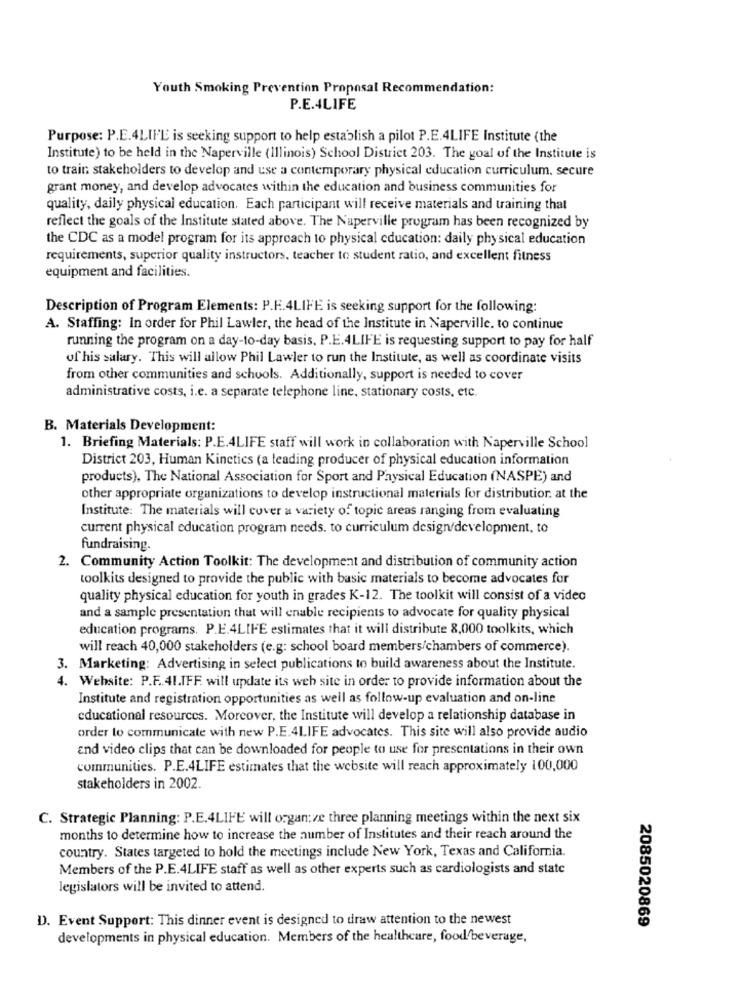
Youth Smoking Prevention Proposal Recommendation:
P.E.4LIFE
Purpose: P.E.4LIFE is seeking support to help establish a pilot P.E.4LIFE Institute (the
Institute) to be held in the Naperville (Illinois) School District 203. The goal of the Institute is
to train stakeholders to develop and use a contemporary physical education curriculum. secure
grant money, and develop advocates within the education and business communities for
quality, daily physical education. Each participant will receive materials and training that
reflect the goals of the Institute stated above. The Naperville program has been recognized by
the CDC as a model program for its approach to physical education: daily physical education
requirements, superior quality instructors, teacher to student ratio, and excellent fitness
equipment and facilities.
Description of Program Elements: P.F.4LIFE is seeking support for the following:
A. Staffing: In order for Phil Lawler, the head of the Institute in Naperville. to continue
running the program on a day-to-day basis, P.E.4LIFE is requesting support to pay for half
of his salary. This will allow Phil Lawler to run the Institute, as well as coordinate visits
from other communities and schools. Additionally, support is needed to cover
administrative costs, i.e. a separate telephone line, stationary costs, etc.
B. Materials Development:
1. Briefing Materials: P.E.4LIFE staff will work in collaboration with Naperville School
District 203, Human Kinetics (a leading producer of physical education information
products), The National Association for Sport and Paysical Education (NASPE) and
other appropriate organizations to develop instructional materials for distribution. at the
Institute: The materials will cover a variety of topic areas ranging from evaluating
current physical education program needs. to curriculum design/development, to
fundraising.
2. Community Action Toolkit: The development and distribution of community action
toolkits designed to provide the public with basic materials to become advocates for
quality physical education for youth in grades K-12. The toolkit will consist of a video
and a sample presentation that will enable recipients to advocate for quality physical
education programs. P.E.4LIFE estimates that it will distribute 8,000 toolkits, which
will reach 40,000 stakeholders (e.g: school board members/chambers of commerce).
3. Marketing: Advertising in select publications to build awareness about the Institute.
4. Website: P.F.41.TFF will update its web site in order to provide information about the
Institute and registration opportunities as well as follow-up evaluation and on-line
educational resources. Moreover, the Institute will develop a relationship database in
order to communicate with new P.E.4LIFE advocates. This site will also provide audio
and video clips that can be downloaded for people to use for presentations in their own
communities. P.E.4LIFE estimates that the website will reach approximately 100,000
stakeholders in 2002.
C. Strategic Planning: P.E.4LIFE will organ:ze three planning meetings within the next six
months to determine how to increase the number of Institutes and their reach around the
country. States targeted to hold the meetings include New York, Texas and California.
Members of the P.E.4LIFE staff as well as other experts such as cardiologists and state
legislators will be invited to attend.
D. Event Support: This dinner event is designed to draw attention to the newest
2085020869
developments in physical education. Members of the healthcare, food beverage,